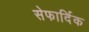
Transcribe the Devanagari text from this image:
सेफार्दिक